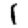
Digit: 1